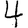
Digit: 4